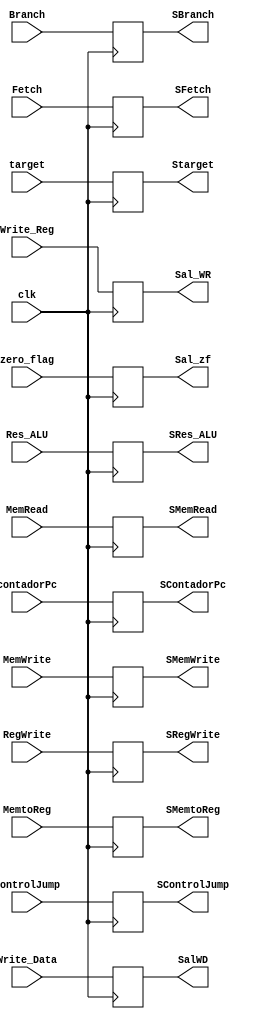

module Buffer3(
	input [31:0]Res_ALU,Fetch,target,
	input [31:0]Write_Data,
	input [31:0]contadorPc,
	input zero_flag,
	input[4:0]Write_Reg,
	input Branch,MemRead,MemtoReg,MemWrite,RegWrite,ControlJump,
	input clk,
	output reg Sal_zf,
	output reg[31:0]SRes_ALU, SFetch,Starget,
	output reg[31:0]SalWD, 
	output reg[4:0]Sal_WR,
	output reg SBranch,SMemRead,SMemtoReg,SMemWrite,SRegWrite,SControlJump,
	output reg[31:0]SContadorPc
);

always @(posedge clk)
	begin
		SFetch = Fetch;
	   SRes_ALU = Res_ALU;
		Sal_zf = zero_flag;
		SalWD = Write_Data;
		Sal_WR = Write_Reg;
		
		SBranch = Branch;
		SMemRead = MemRead;
		SMemtoReg = MemtoReg;
		SMemWrite = MemWrite;
		SRegWrite = RegWrite;
		SControlJump = ControlJump;
		Starget = target;
		SContadorPc = contadorPc;
		
	end

endmodule